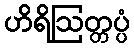
ဟိရိဩတ္တပ္ပံ